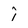
Character: i